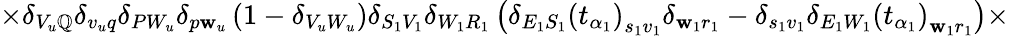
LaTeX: \times\delta_{V_{u}\mathbb{Q}}\delta_{v_{u}q}\delta_{PW_{u}}\delta_{p\mathbf{w}_{u}}\left(1-\delta_{V_{u}W_{u}}\right)\delta_{S_{1}V_{1}}\delta_{W_{1}R_{1}}\left(\delta_{E_{1}S_{1}}\left(t_{\alpha_{1}}\right)_{s_{1}v_{1}}\delta_{\mathbf{w}_{1}r_{1}}-\delta_{s_{1}v_{1}}\delta_{E_{1}W_{1}}\left(t_{\alpha_{1}}\right)_{\mathbf{w}_{1}r_{1}}\right)\times